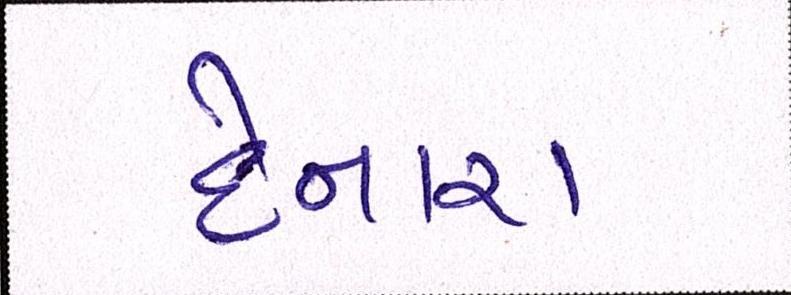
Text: દેનારા